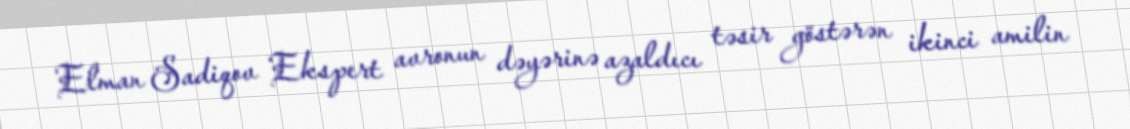
Elman Sadiqov Ekspert avronun dəyərinə azaldıcı təsir göstərən ikinci amilin